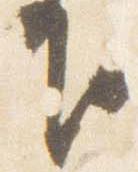
下